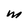
Character: M